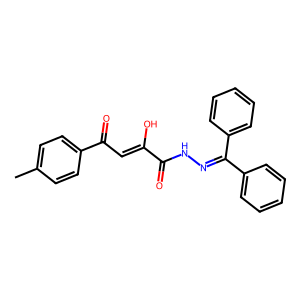
SMILES: Cc1ccc(C(=O)C=C(O)C(=O)NN=C(c2ccccc2)c2ccccc2)cc1
Inhibits HIV replication: No